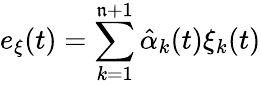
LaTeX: e_{\xi}(t)=\sum_{k=1}^{\mathfrak{n}+1}{\hat{{\alpha}}}_{k}(t)\xi_{k}(t)